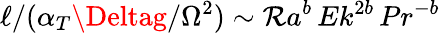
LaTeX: \ell/(\alpha_{T}\Deltag/\Omega^{2})\sim\mathcal{R}a^{b}\, Ek^{2b}\, Pr^{-b}